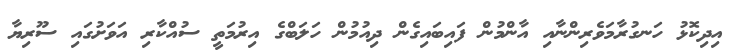
އިދިކޮޅު ހަނގުރާމަވެރިންނާއި އާންމުން ފައިބައިގެން ދިއުމުން ހަލަބްގެ އިރުމަތީ ސުއްކާރި އަވަށުގައި ސޫރިޔާ